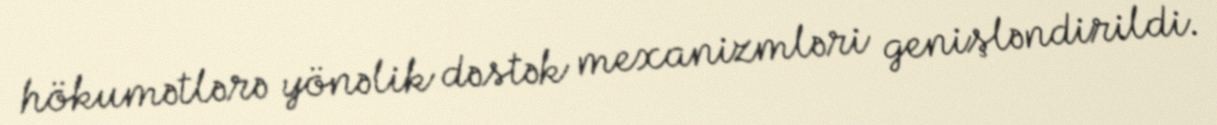
hökumətlərə yönəlik dəstək mexanizmləri genişləndirildi.